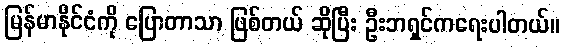
မြန်မာနိုင်ငံကို ပြောတာသာ ဖြစ်တယ် ဆိုပြီး ဦးဘရှင်ကရေးပါတယ်။